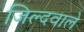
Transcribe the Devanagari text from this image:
जिल्दवाले